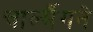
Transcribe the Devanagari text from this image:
चार्ल्मैगने